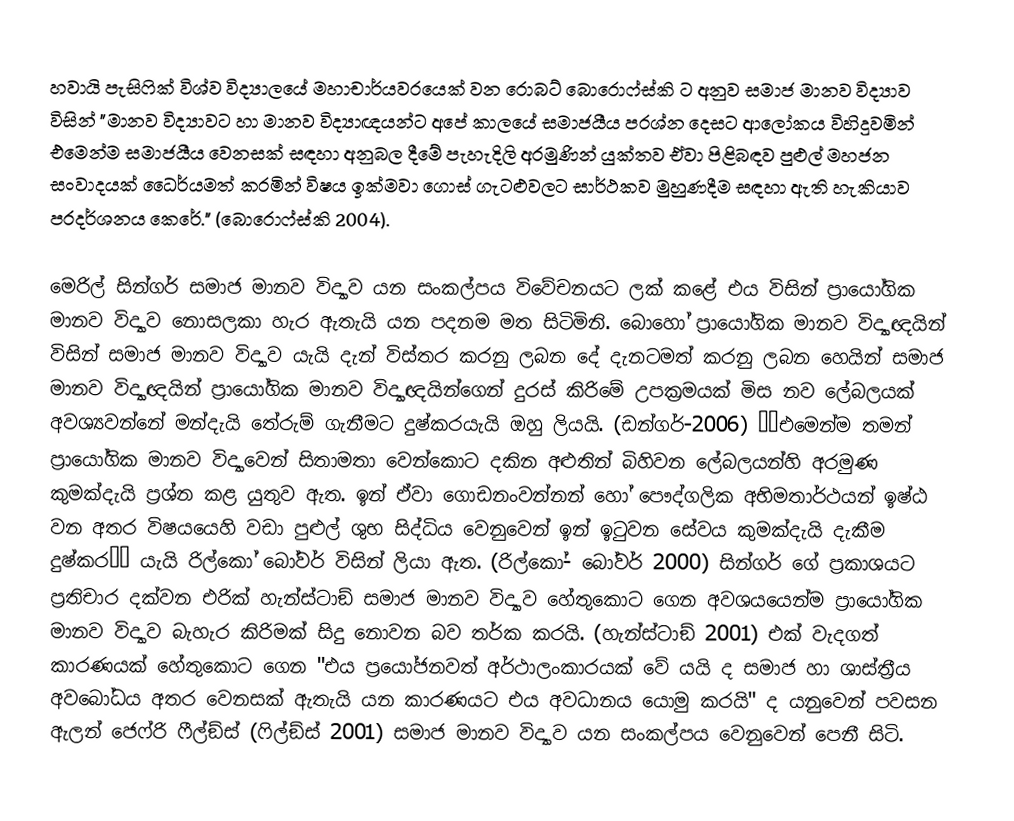
හවායි පැසිෆික් විශ්ව විද්‍යාලයේ මහාචාර්යවරයෙක් වන රොබට් බොරොෆ්ස්කි ට අනුව සමාජ මානව විද්‍යාව විසින්  "මානව විද්‍යාවට හා මානව විද්‍යාඥයන්ට අපේ කාලයේ සමාජයීය ප‍්‍රශ්න දෙසට ආලෝකය විහිදුවමින් එමෙන්ම සමාජයීය වෙනසක් සඳහා අනුබල දීමේ පැහැදිලි අරමුණින් යුක්තව ඒවා පිළිබඳව පුළුල් මහජන සංවාදයක් ධෛර්යමත් කරමින් විෂය ඉක්මවා ගොස් ගැටළුවලට සාර්ථකව මුහුණදීම සඳහා ඇති හැකියාව ප‍්‍රදර්ශනය කෙරේ." (බොරොෆ්ස්කි 2004).

මෙරිල් සින්ගර්  සමාජ මානව විද්‍යාව යන සංකල්පය විවේචනයට ලක් කළේ එය විසින්  ප‍්‍රායෝගික මානව විද්‍යාව නොසලකා හැර ඇතැයි යන පදනම මත සිටිමිනි. බොහෝ ප‍්‍රායෝගික මානව විද්‍යාඥයින් විසින් සමාජ මානව විද්‍යාව යැයි දැන් විස්තර කරනු ලබන දේ දැනටමත් කරනු ලබන හෙයින් සමාජ මානව විද්‍යාඥයින් ප‍්‍රායෝගික මානව විද්‍යාඥයින්ගෙන් දුරස් කිරිමේ උපක‍්‍රමයක් මිස නව ලේබලයක් අවශ්‍යවන්නේ මන්දැයි තේරුම් ගැනීමට දුෂ්කරයැයි ඔහු ලියයි. (ඩන්ගර්-2006) ‘‘එමෙන්ම තමන් ප‍්‍රායෝගික මානව විද්‍යාවෙන් සිතාමතා වෙන්කොට දකින අළුතින් බිහිවන ලේබලයන්හි අරමුණ කුමක්දැයි ප‍්‍රශ්න කළ යුතුව ඇත. ඉන් ඒවා ගොඩනංවන්නන් හෝ පෞද්ගලික අභිමතාර්ථයන් ඉෂ්ඨ වන අතර විෂයයෙහි වඩා පුළුල් ශුභ සිද්ධිය වෙනුවෙන් ඉන් ඉටුවන සේවය කුමක්දැයි දැකීම දුෂ්කර‘‘ යැයි රිල්කෝ බෝවර් විසින් ලියා ඇත. (රිල්කෝ- බෝවර් 2000) සින්ගර් ගේ ප‍්‍රකාශයට ප‍්‍රතිචාර දක්වන එරික් හැන්ස්ටාඞ් සමාජ මානව විද්‍යාව හේතුකොට ගෙන අවශයයෙන්ම ප‍්‍රායෝගික මානව විද්‍යාව බැහැර කිරිමක් සිදු නොවන බව තර්ක කරයි. (හැන්ස්ටාඞ් 2001) එක් වැදගත් කාරණයක් හේතුකොට ගෙන "එය ප‍්‍රයෝජනවත් අර්ථාලංකාරයක් වේ යයි ද සමාජ හා ශාස්ත‍්‍රීය අවබෝධය අතර වෙනසක් ඇතැයි යන කාරණයට එය අවධානය යොමු කරයි" ද යනුවෙන් පවසන ඇලන් ජෙෆ්රි ෆීල්ඞ්ස් (ෆිල්ඞ්ස් 2001) සමාජ මානව විද්‍යාව යන සංකල්පය වෙනුවෙන් පෙනී සිටි.